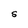
Character: S